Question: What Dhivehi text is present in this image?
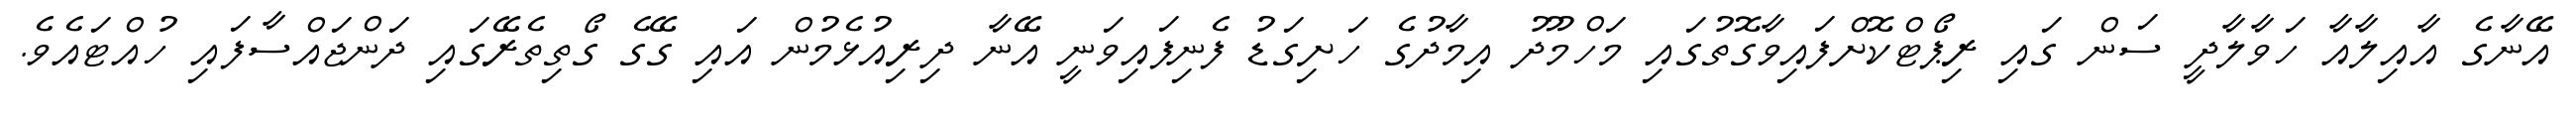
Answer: އޭނާގެ އާއިލާއާ ހަވާލާދީ ސަން ގައި ރިޕޯޓްކޮށްފައިވާގޮތުގައި މަހްމޫދު އިމާދުގެ ހަށިގަޑު ފެނިފައިވަނީ އޭނާ ދިރިއުޅެމުން އައި ގޭގެ ގޯތިތެރޭގައި ދަންޖައްސާފައި ހުއްޓައެވެ.